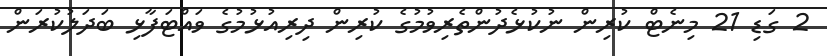
2 ގަޑި 21 މިނެޓް ކުރިން ނުކުޅެދުންތެރިވުމުގެ ކުރިން ދިރިއުޅުމުގެ ވައްޓަފާޅި ބަދަލުކުރަން